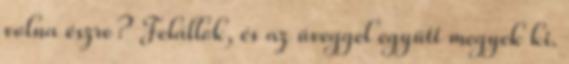
volna észre? Felállok, és az üveggel együtt megyek ki.